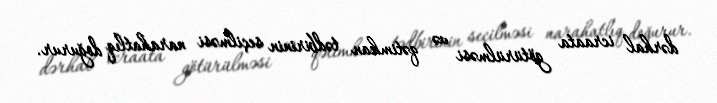
dərhal icraata götürülməsi və qətimkan tədbirinin seçilməsi narahatlıq doğurur.